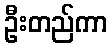
ဦးတည်ကာ